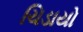
ચિડાયો